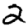
Digit: 2